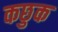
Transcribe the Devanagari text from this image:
कछुक